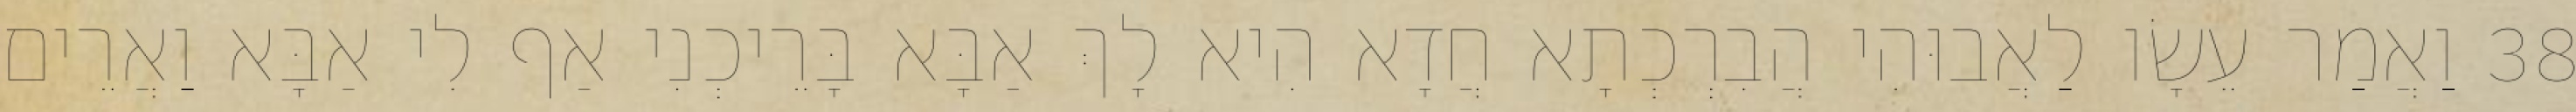
38 וַאֲמַר עֵשָׂו לַאֲבוּהִי הֲבִרְכְתָא חֲדָא הִיא לָךְ אַבָּא בָּרֵיכְנִי אַף לִי אַבָּא וַאֲרֵים